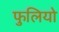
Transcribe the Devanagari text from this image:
फुलियो